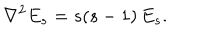
{ \nabla ^ { 2 } E _ { s } = s ( s - 1 ) \, E _ { s } . }